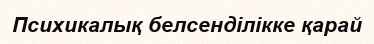
Психикалық белсенділікке қарай